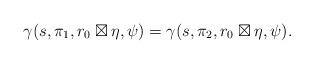
LaTeX: \begin{align*} \gamma(s,\pi_1,r_0 \boxtimes \eta,\psi) = \gamma(s,\pi_2,r_0 \boxtimes \eta,\psi).\end{align*}